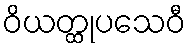
ဝိယတ္ထုပသေဝီ